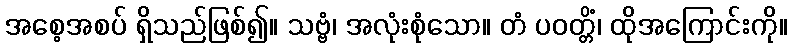
အစေ့အစပ် ရှိသည်ဖြစ်၍။ သဗ္ဗံ၊ အလုံးစုံသော။ တံ ပဝတ္တိံ၊ ထိုအကြောင်းကို။